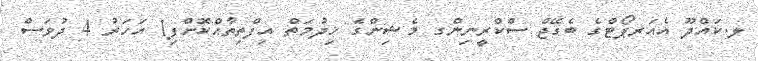
ލ.ކައްދޫ އެއަރޕޯޓްގެ ބެގޭޖް ސްކްރީނިންގ މެޝިންގެ ޚިދުމަތް އިފްތިތާޙްކޮށްފި1 އަހަރު 4 ދުވަސް